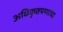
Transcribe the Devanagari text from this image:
अधिकृतपणाचा